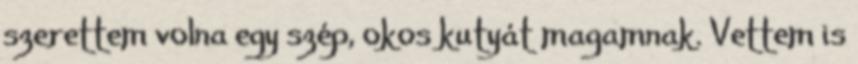
szerettem volna egy szép, okos kutyát magamnak. Vettem is